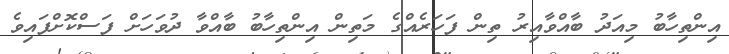
އިންތިހާބު މިއަދު ބާއްވާއިރު ތިން ފަހަރެއްގެ މަތިން އިންތިހާބު ބާއްވާ ދުވަހަށް ފަސްކޮށްފައިވެ